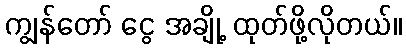
ကျွန်တော် ငွေ အချို့ ထုတ်ဖို့လိုတယ်။